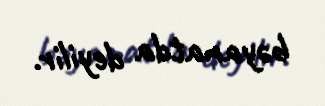
bəyanatda deyilir.